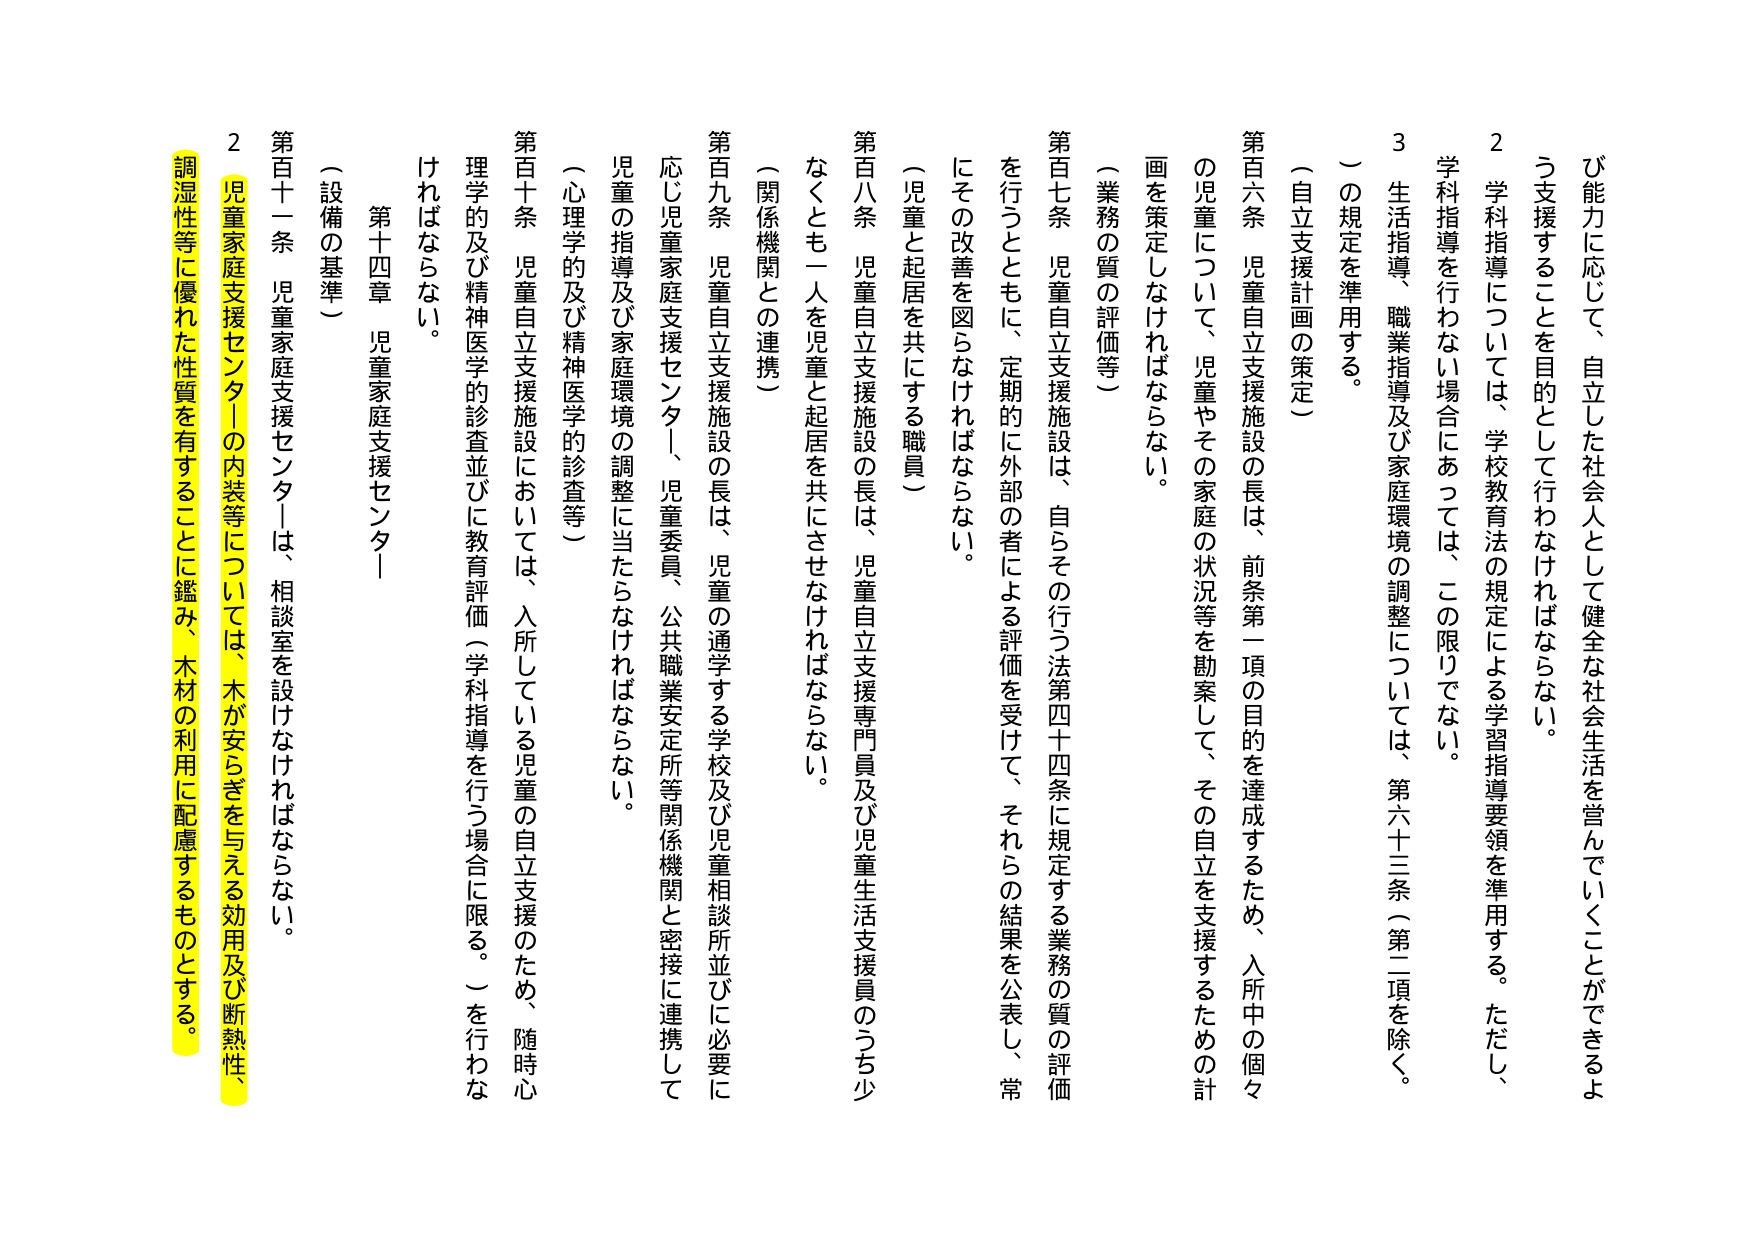
び能力に応じて、自立した社会人として健全な社会生活を営んでいくことができるよう支援することを目的として行わなければならない。

２　学科指導については、学校教育法の規定による学習指導要領を準用する。ただし、学科指導を行わない場合にあっては、この限りでない。

３　生活指導、職業指導及び家庭環境の調整については、第六十三条（第二項を除く。）の規定を準用する。

（自立支援計画の策定）

第百六条　児童自立支援施設の長は、前条第一項の目的を達成するため、入所中の個々の児童について、児童やその家庭の状況等を勘案して、その自立を支援するための計画を策定しなければならない。

（業務の質の評価等）

第百七条　児童自立支援施設は、自らその行う法第四十四条に規定する業務の質の評価を行うとともに、定期的に外部の者による評価を受けて、それらの結果を公表し、常にその改善を図らなければならない。

（児童と起居を共にする職員）

第百八条　児童自立支援施設の長は、児童自立支援専門員及び児童生活支援員のうち少なくとも一人を児童と起居を共にさせなければならない。

（関係機関との連携）

第百九条　児童自立支援施設の長は、児童の通学する学校及び児童相談所並びに必要に応じ児童家庭支援センター、児童委員、公共職業安定所等関係機関と密接に連携して児童の指導及び家庭環境の調整に当たらなければならない。

（心理学的及び精神医学的診査等）

第百十条　児童自立支援施設においては、入所している児童の自立支援のため、随時心理学的及び精神医学的診査並びに教育評価（学科指導を行う場合に限る。）を行わなければならない。

第十四章　児童家庭支援センター

（設備の基準）

第百十一条　児童家庭支援センターは、相談室を設けなければならない。

２　児童家庭支援センターの内装等については、木が安らぎを与える効用及び断熱性、調湿性等に優れた性質を有することに鑑み、木材の利用に配慮するものとする。